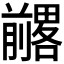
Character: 𱐨